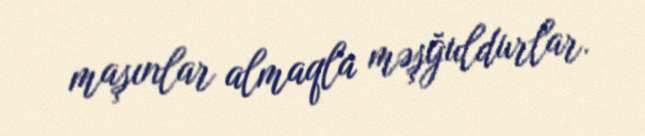
maşınlar almaqla məşğuldurlar.